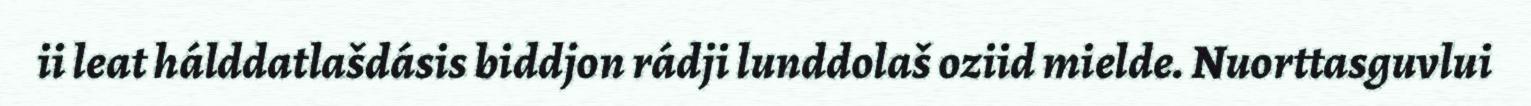
ii leat hálddatlašdásis biddjon rádji lunddolaš oziid mielde. Nuorttasguvlui